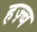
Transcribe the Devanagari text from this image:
हज़्ब